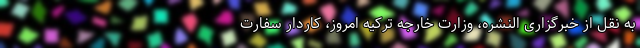
به نقل از خبرگزاری النشره، وزارت خارجه ترکیه امروز، کاردار سفارت